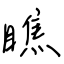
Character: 瞧